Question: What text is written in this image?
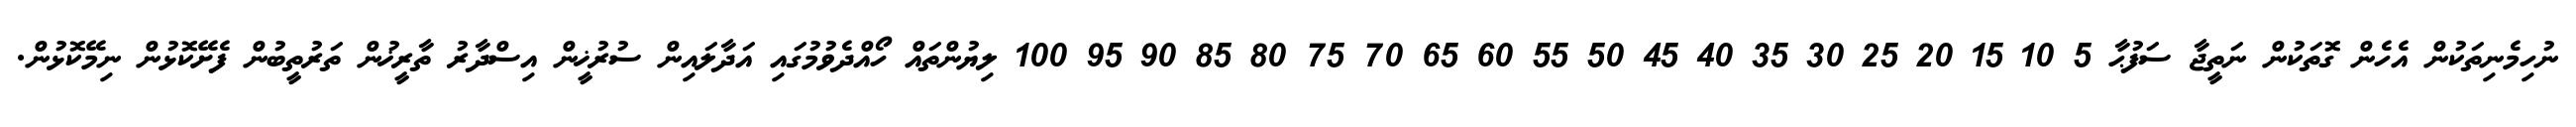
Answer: ނުހިމެނިތަކުން އެހެން ގޮތަކުން ނަތީޖާ ސަފުޙާ 5 10 15 20 25 30 35 40 45 50 55 60 65 70 75 80 85 90 95 100 ލިޔުންތައް ހޯއްދެވުމުގައި އަދާލައިން ސުރުޚީން އިސްދާރު ތާރީޚުން ތަރުތީބުން ފެށޭކޮޅުން ނިމޭކޮޅުން.